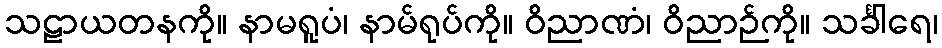
သဠာယတနကို။ နာမရူပံ၊ နာမ်ရုပ်ကို။ ဝိညာဏံ၊ ဝိညာဉ်ကို။ သင်္ခါရေ၊